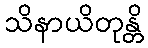
သိနာယိတုန္တိ